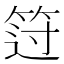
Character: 𰩻